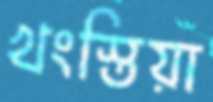
খংস্তিয়া